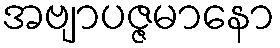
အဗျာပဇ္ဇမာနော